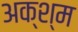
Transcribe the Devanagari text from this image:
अक्श्म